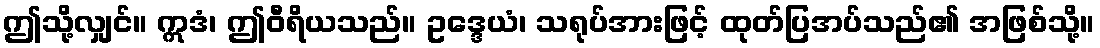
ဤသို့လျှင်။ ဣဒံ၊ ဤဝီရိယသည်။ ဥဒ္ဒေယံ၊ သရုပ်အားဖြင့် ထုတ်ပြအပ်သည်၏ အဖြစ်သို့။